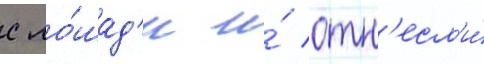
с ло́шад'и и́ отн'есл'и́